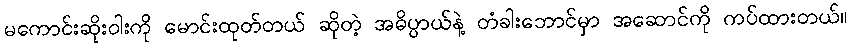
မကောင်းဆိုးဝါးကို မောင်းထုတ်တယ် ဆိုတဲ့ အဓိပ္ပာယ်နဲ့ တံခါးဘောင်မှာ အဆောင်ကို ကပ်ထားတယ်။